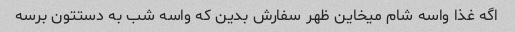
اگه غذا واسه شام میخاین ظهر سفارش بدین که واسه شب به دستتون برسه